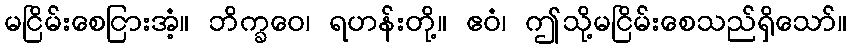
မငြိမ်းစေငြားအံ့။ ဘိက္ခဝေ၊ ရဟန်းတို့။ ဧဝံ၊ ဤသို့မငြိမ်းစေသည်ရှိသော်။